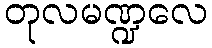
တုလမဏ္ဍလေ